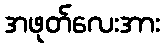
အဖုတ်လေးအား